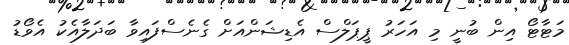
މަޓާޓޯ އިން ބުނީ މި އަހަރު ޕީޕަލްސް އެޑިޝަންއަށް ގެނެސްފައިވާ ބަދަލާއެކު އެވޯޑު